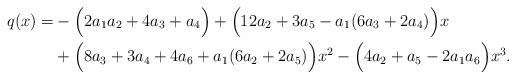
LaTeX: \begin{align*}q(x)=&-\Big(2a_1a_2+4a_3+a_4\Big)+\Big(12a_2+3a_5-a_1(6a_3+2a_4)\Big)x\\&+\Big(8a_3+3a_4+4a_6+a_1(6a_2+2a_5)\Big)x^2-\Big(4a_2+a_5-2a_1a_6\Big)x^3.\end{align*}